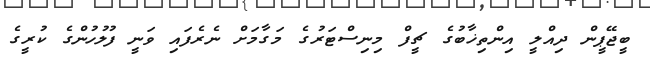
ބީޖޭޕީން ދިއްލީ އިންތިޚާބުގެ ޗީފް މިނިސްޓަރުގެ މަގާމަށް ނެރެފަައި ވަނީ ފުލުހުންގެ ކުރީގެ